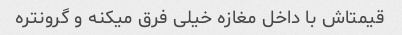
قیمتاش با داخل مغازه خیلی فرق میکنه و گرونتره